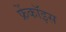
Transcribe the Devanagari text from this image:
फ्रेंकॉइस